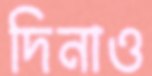
দিনাও